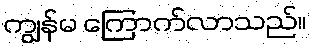
ကျွန်မ ကြောက်လာသည်။